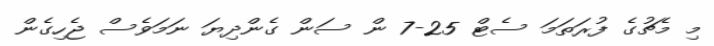
މި މެޗުގެ ފުރަތަމަ ސެޓް 25-7 ން ސަން ގެންދިޔަ ނަމަވެސް ޖެހިގެން